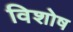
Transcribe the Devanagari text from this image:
विशोष